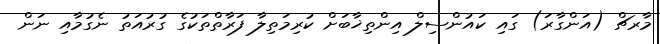
މާރޗް (އަންގާރަ) ގައި ކައުންސިލް އިންތިޚާބަށް ކުރިމަތިލާ ފަރާތްތަކުގެ ގުރުއަތު ނެގުމާއި ނަން